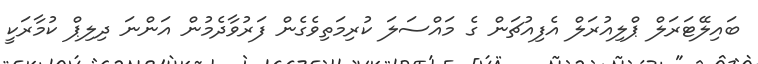
ބައިލޭޓަރަލް ޕްލިއުރަލް އެފިއުޗަން ގެ މައްސަލަ ކުރިމަތިވެގެން ފަރުވާދެމުން އަންނަ ދިލިޕް ކުމާރަކީ